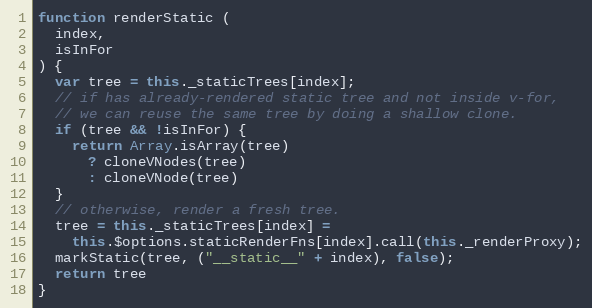
Language: JavaScript
function renderStatic (
  index,
  isInFor
) {
  var tree = this._staticTrees[index];
  // if has already-rendered static tree and not inside v-for,
  // we can reuse the same tree by doing a shallow clone.
  if (tree && !isInFor) {
    return Array.isArray(tree)
      ? cloneVNodes(tree)
      : cloneVNode(tree)
  }
  // otherwise, render a fresh tree.
  tree = this._staticTrees[index] =
    this.$options.staticRenderFns[index].call(this._renderProxy);
  markStatic(tree, ("__static__" + index), false);
  return tree
}